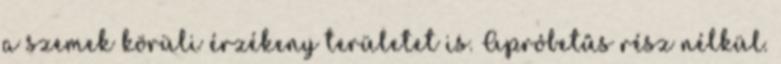
a szemek körüli érzékeny területet is. Apróbetűs rész nélkül.